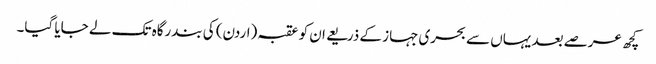
کچھ عرصے بعد یہاں سے بحری جہاز کے ذریعے ان کو عقبہ (اردن) کی بندرگاہ تک لے جایا گیا۔